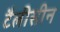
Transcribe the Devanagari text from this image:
टैलीसीन